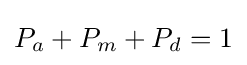
P_{a}+P_{m}+P_{d}=1